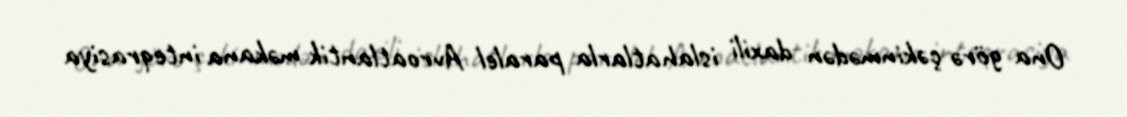
Ona görə çəkinmədən daxili islahatlarla paralel Avroatlantik məkana inteqrasiya